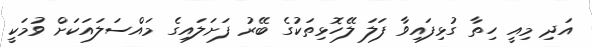
އަދި މިއީ ހިތާ ގުޅިފައިވާ ފަލަ ލޭހޮޅިތަކުގެ ބޭރު ފަށަލައިގެ މައްސަލައަކަށް ވުމަކީ